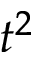
t ^ { 2 }